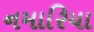
નમારિયા